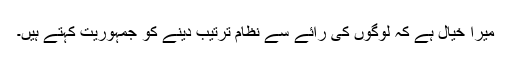
میرا خیال ہے کہ لوگوں کی رائے سے نظام ترتیب دینے کو جمہوریت کہتے ہیں۔